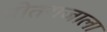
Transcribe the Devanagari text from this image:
पोतराजाला